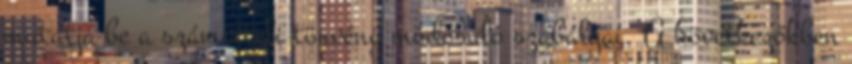
mutatja be a számviteli törvény módosuló szabályai. A következőkben